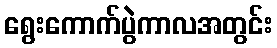
ရွေးကောက်ပွဲကာလအတွင်း